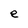
Character: e